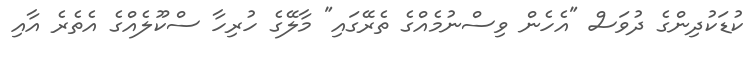
ކުޑަކުދިންގެ ދުވަސް "އެހެން ވިސްނުމެއްގެ ތެރޭގައި" މާލޭގެ ހުރިހާ ސްކޫލެއްގެ އެތެރެ އާއި